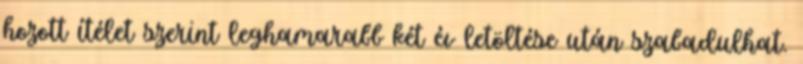
hozott ítélet szerint leghamarabb két év letöltése után szabadulhat.